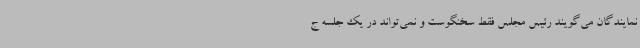
نمایندگان می‌گویند رئیس مجلس فقط سخنگوست و نمی‌تواند در یک جلسه ج